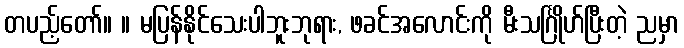
တပည့်တော်။ ။ မပြန်နိုင်သေးပါဘူးဘုရား, ဖခင်အလောင်းကို မီးသင်္ဂြိုဟ်ပြီးတဲ့ ညမှာ